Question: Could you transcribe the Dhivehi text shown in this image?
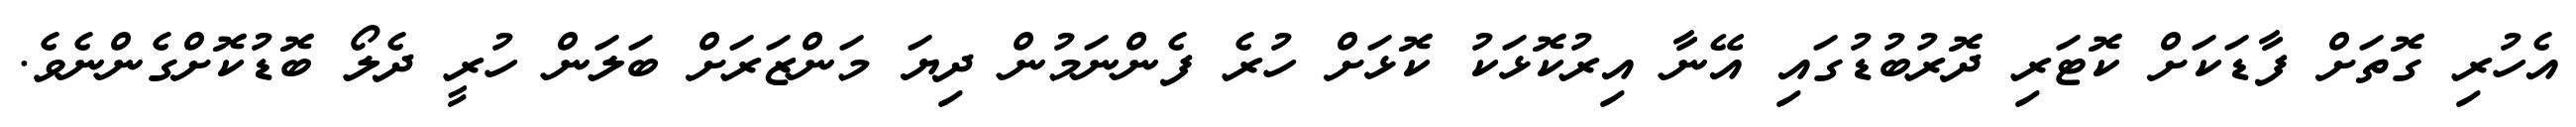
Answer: އެހުރި ގޮތަށް ފާޑަކަށް ކޮޓަރި ދޮރުބުޑުގައި އޭނާ އިރުކޮޅަކު ކޮޅަށް ހުރެ ފެންނަމުން ދިޔަ މަންޒަރަށް ބަލަން ހުރީ ދެލޯ ބޮޑުކޮށްގެންނެވެ.